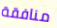
منافقة